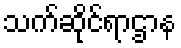
သက်ဆိုင်ရာဌာန